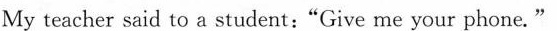
My teacher said to a student:"Give me your phone."